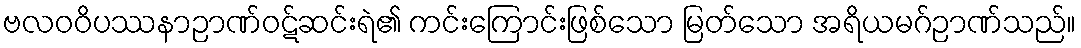
ဗလဝဝိပဿနာဉာဏ်ဝဋ်ဆင်းရဲ၏ ကင်းကြောင်းဖြစ်သော မြတ်သော အရိယမဂ်ဉာဏ်သည်။